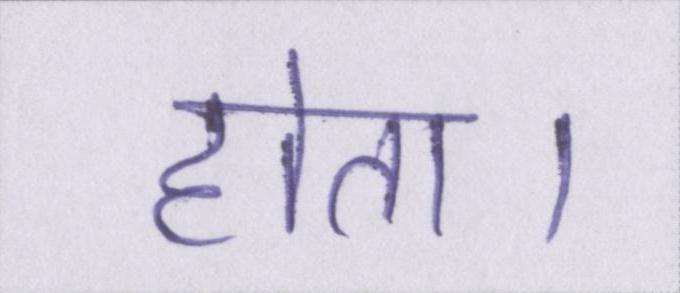
होता।